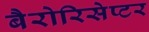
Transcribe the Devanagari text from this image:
बैरोरिसेप्टर